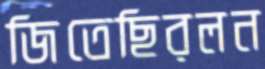
জিতেছিরলন